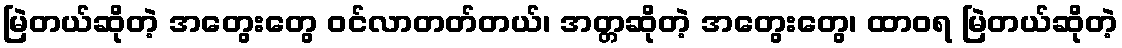
မြဲတယ်ဆိုတဲ့ အတွေးတွေ ဝင်လာတတ်တယ်၊ အတ္တဆိုတဲ့ အတွေးတွေ၊ ထာဝရ မြဲတယ်ဆိုတဲ့